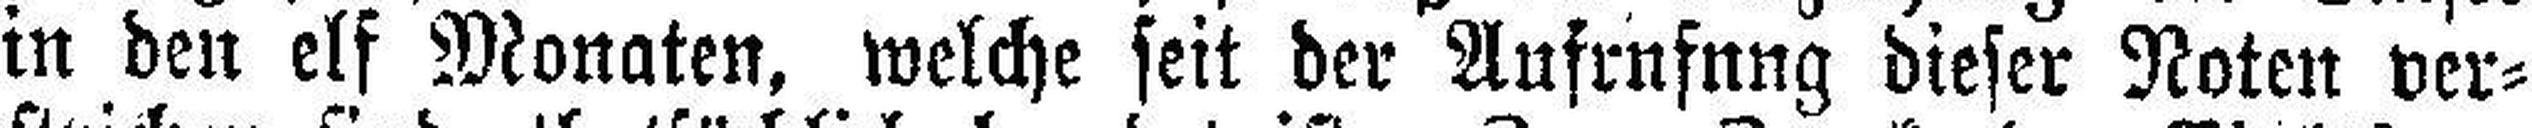
in den elf Monaten, welche seit der Aufrufung dieser Noten ver¬